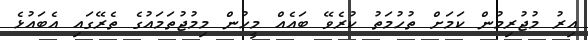
އިރު މުޖުރިމުން ކަމަށް ތުހުމަތު ކުރެވޭ ބައެއް މީހުން މިމުޖުތަމައުގެ ތެރޭގައި އެބައުޅެ